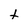
Character: t